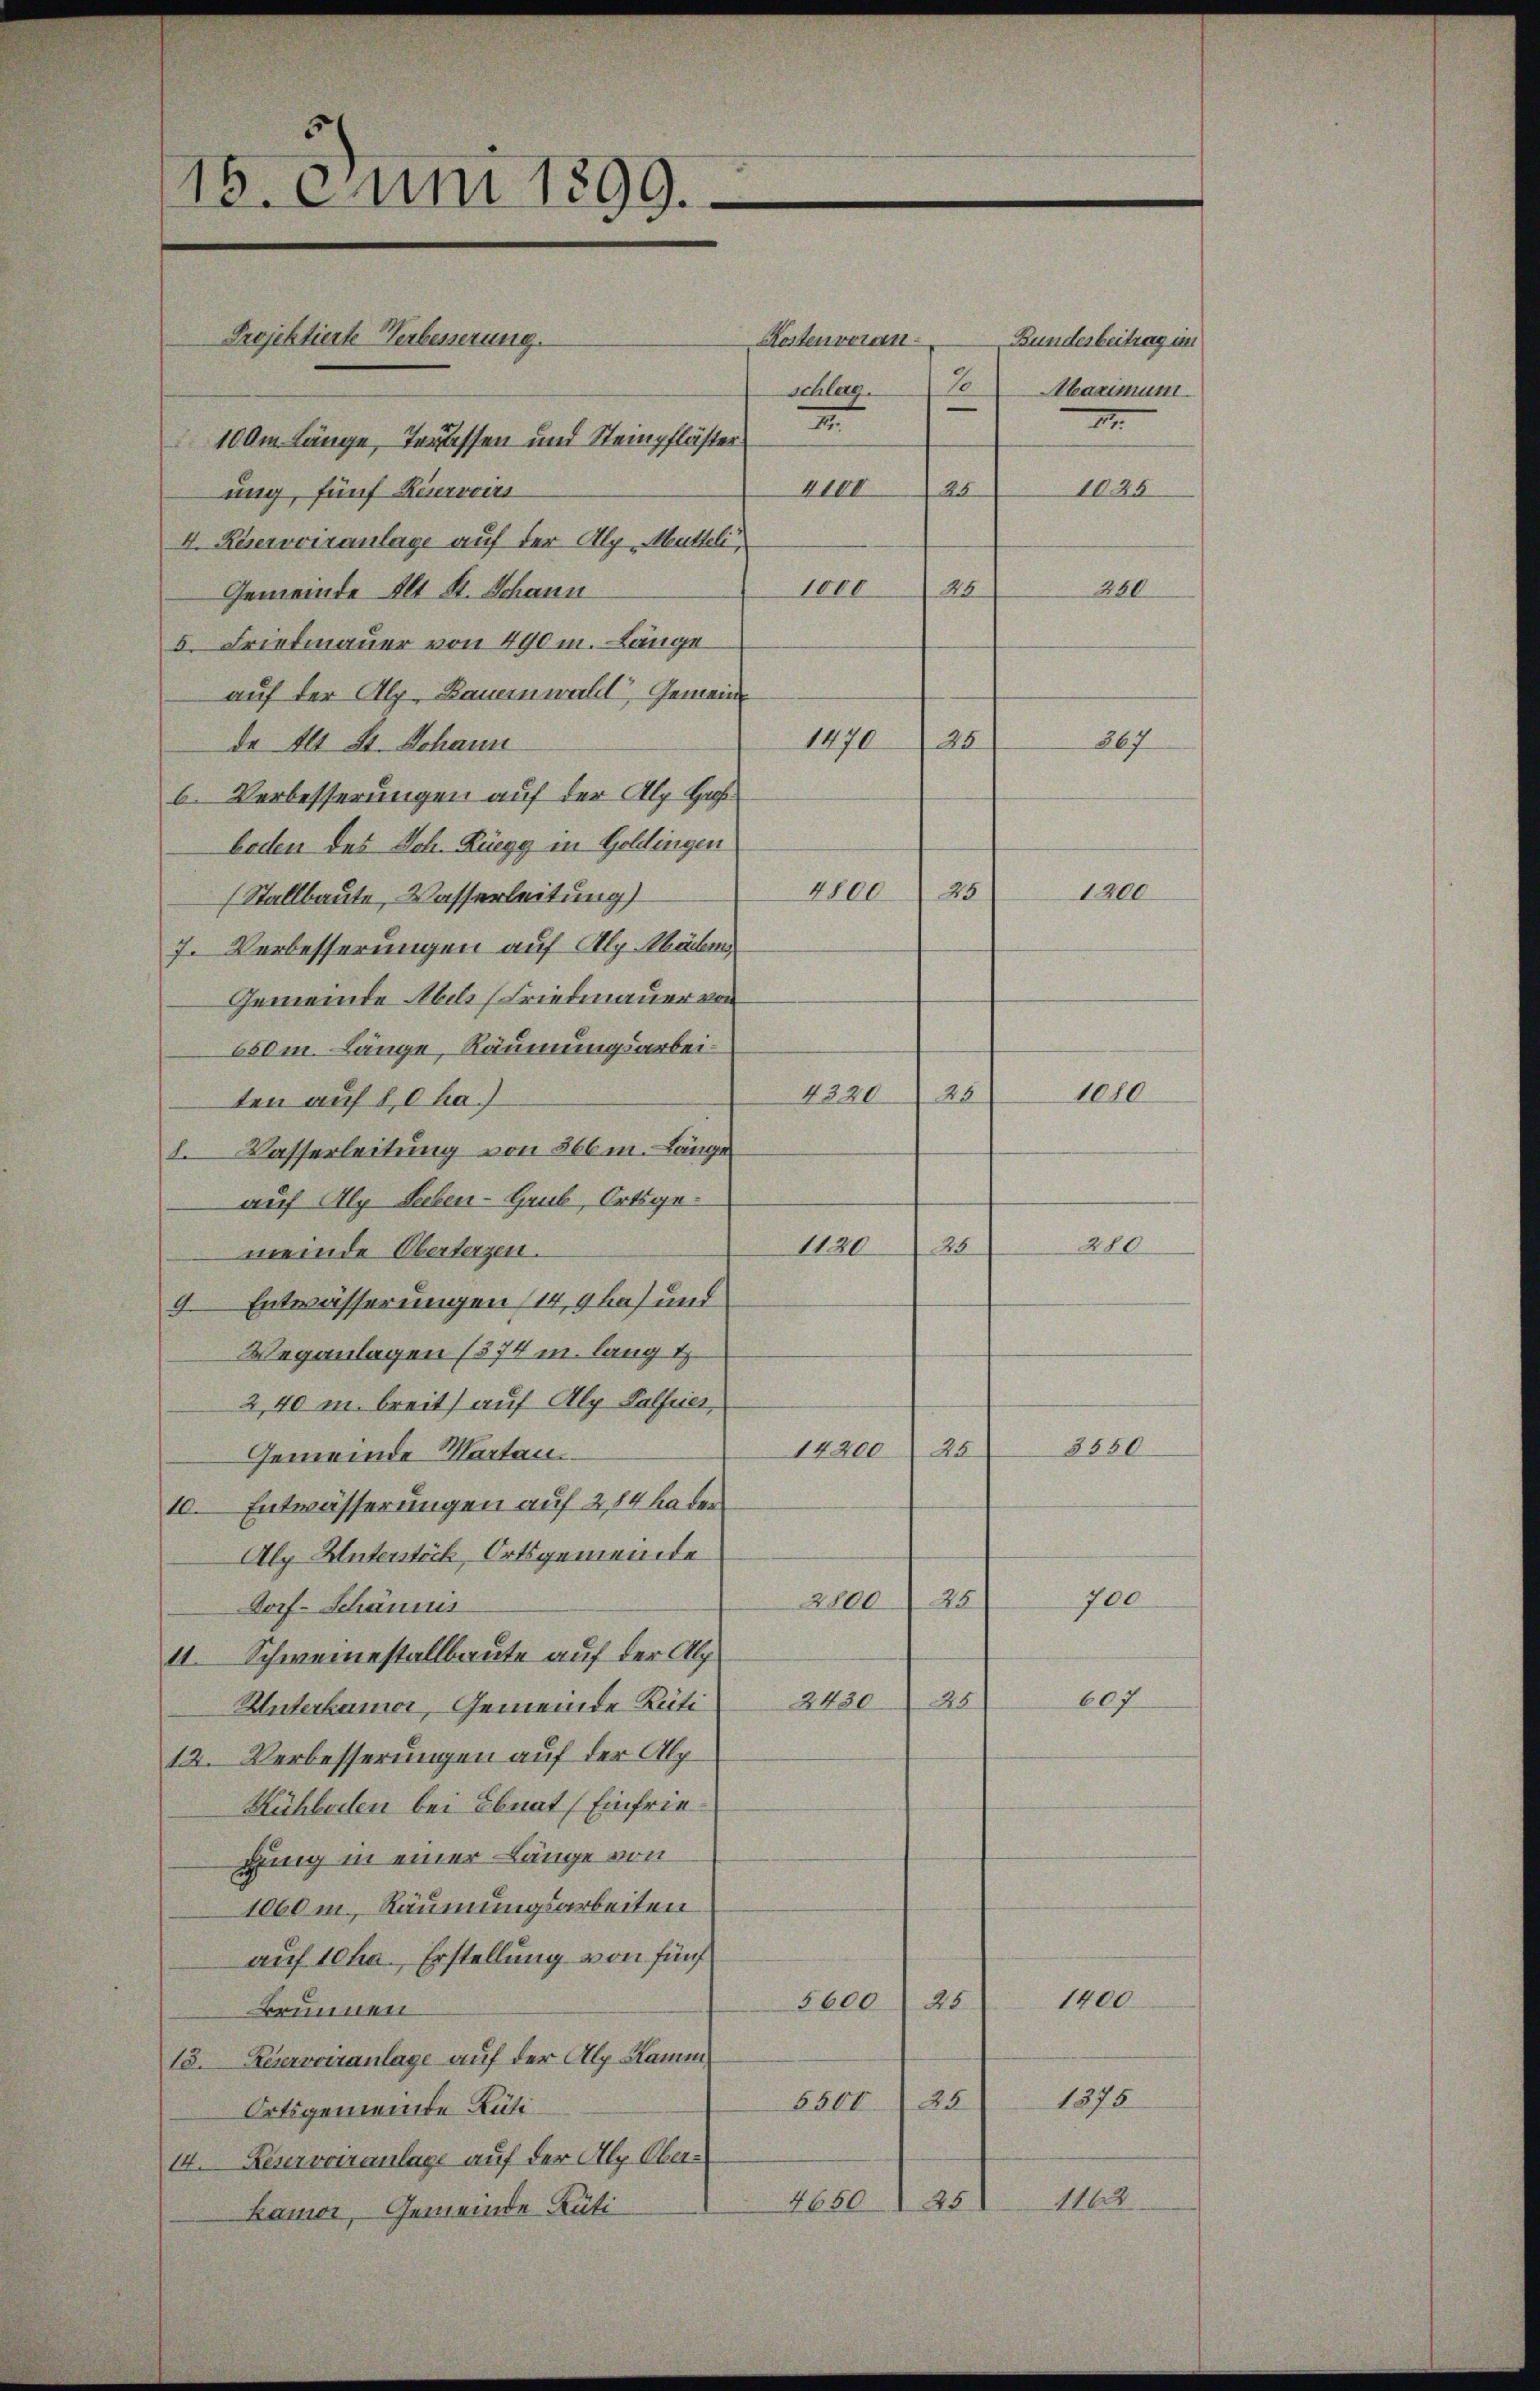
15. Juni 1899.

Kosten voran
E
schlas
I
2
100m Länge, Terassen und Steinpfläster
A
III
1025
mig, fünf Hiervors
4. Reservoiranlage auf der Alp. Mütteli,
1000
24
240
Gemeinde Alt St. Schann
5. Friedmauer von 490 m. Länge
auf der Alp. Bauernwall Gemein¬
1470
267
25
de Alt St. Johann
6. Verbesserungen auf der Alp Hoh
boden des Joh. Rüegg in Goldingen
4800
25
1200
Stallbaute, Wasserleitung)
7. Verbesserungen auf Alg. Wäden
Gemeinde Abel (Friedmauer von
650m Länge, Räumungsarbei¬
1080
1220
25
ten auf 80 ha.)
1. Wasserleitung von 566 m. Länge
auf Alp Leben-Haub, Ortsge¬
280
1120
A
meinde Oberterzen.
9. Entwässerungen (149 hat und
Weganlagen (574 u. lang t
2,40 m breit) auf Alp Lalfes
3550
1420025
Gemeinde Martau
10. Entwässerungen auf 2,84 ha der
Alp Unterstöck, Ortsgemeinde
700
2800) 25
Dorf-Schäums
11. Schweinestallbaute auf der Alp
607
26
Unterhamer, Gemeinde Rüti 2430
12. Verbesserungen auf der Alp
Rühledlen bei Ebnat (Einfriegung in einer Länge von
1060m, Räumungsarbeiten
auf 10 ha. Erstellung von fünf¬
1400.
25
5600
Brunnen.
13. Reservoiranlage auf der Alp. Kamm
1875
550025
Ortsgemeinde Rüti¬
14. Keservoiranlage auf der Alp. Ober-
1162
4650) 25)
Bamer, Gemeinde Rüti¬

Projektierte Verbesserung.

Bunderbeitrag un
Abaximum.